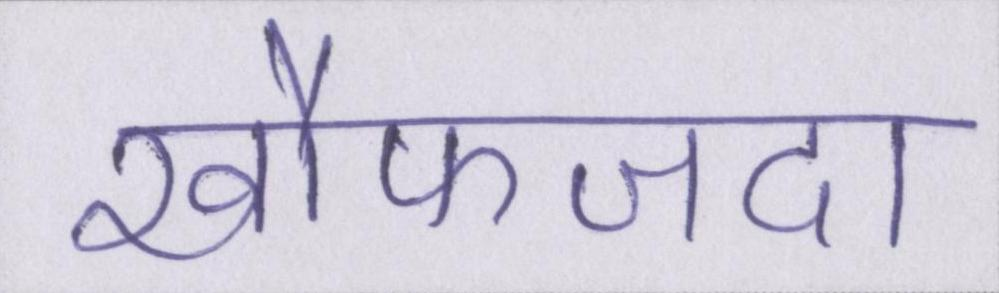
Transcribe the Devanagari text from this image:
खौफजदा